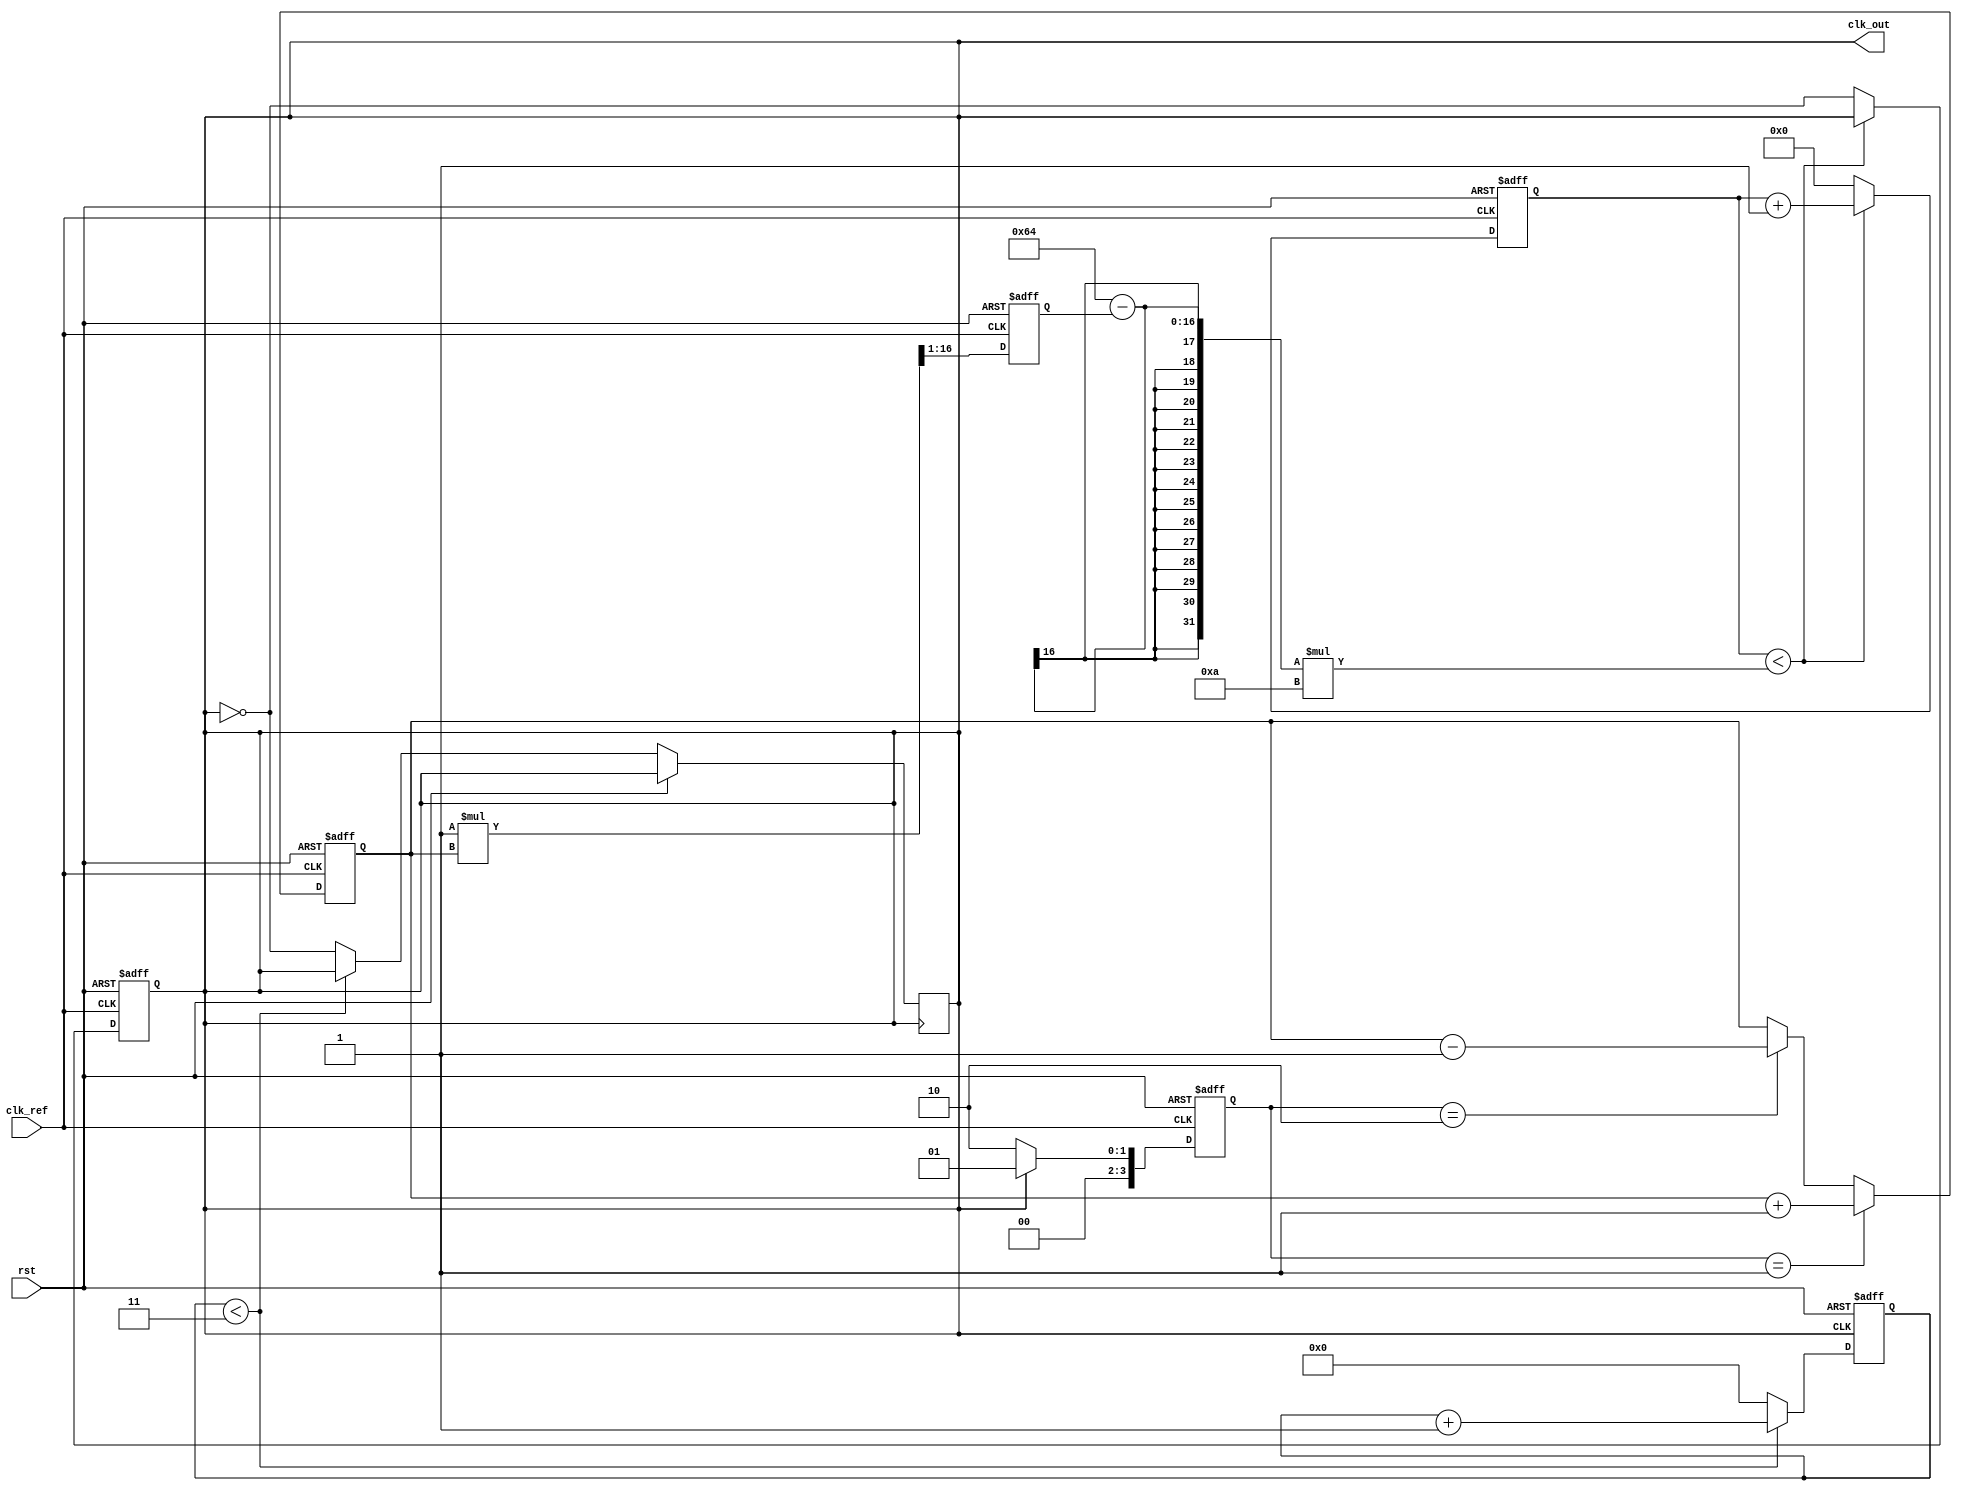
module pll_integer_n (
    input wire clk_ref,         // Reference Clock Input
    input wire rst,             // Reset Signal
    output reg clk_out          // Output Clock
);

    // Parameters
    parameter N = 4;            // Division factor
    parameter VCO_MAX_FREQ = 100; // Maximum VCO output frequency in MHz
    parameter VCO_MIN_FREQ = 10; // Minimum VCO output frequency in MHz
    parameter LOOP_FILTER_C = 1; // Loop filter constant (simplified)

    // Internal Signals
    wire clk_div;               // Divided clock for feedback
    reg [31:0] error_signal;    // Phase Detector output
    reg [15:0] control_voltage;  // Control voltage for VCO
    reg [31:0] vco_counter;      // VCO counter
    reg [3:0] phase_det_out;     // Phase Detector output state

    // Phase Detector (PD)
    always @(posedge clk_ref or posedge rst) begin
        if (rst) begin
            phase_det_out <= 0;
            error_signal <= 0;
        end
        else begin
            // Simple phase detection logic (leading/lagging)
            if (clk_out) begin
                phase_det_out <= 1; // Output leading
                error_signal <= error_signal + 1;
            end
            else begin
                phase_det_out <= 2; // Output lagging
                error_signal <= error_signal - 1;
            end
        end
    end

    // Charge Pump (CP)
    always @(posedge clk_ref or posedge rst) begin
        if (rst) begin
            control_voltage <= 0;
        end
        else begin
            if (phase_det_out == 1)
                control_voltage <= control_voltage + 1; // Add charge
            else if (phase_det_out == 2)
                control_voltage <= control_voltage - 1; // Remove charge
        end
    end

    // Loop Filter (LF)
    reg [15:0] loop_filter; // Simplified loop filter
    always @(posedge clk_ref or posedge rst) begin
        if (rst) begin
            loop_filter <= 0;
        end
        else begin
            loop_filter <= (LOOP_FILTER_C * control_voltage) >> 1; // Simple filter operation
        end
    end

    // Voltage-Controlled Oscillator (VCO)
    always @(posedge clk_ref or posedge rst) begin
        if (rst) begin
            vco_counter <= 0;
            clk_out <= 0;
        end
        else begin
            // Simple VCO behavior
            if (vco_counter < (VCO_MAX_FREQ - loop_filter) * 10) // Control the frequency based on control voltage
                vco_counter <= vco_counter + 1;
            else begin
                clk_out <= ~clk_out; // Toggle output clock
                vco_counter <= 0;
            end
        end
    end

    // Feedback Divider
    reg [N-1:0] div_counter; // Divide counter
    always @(posedge clk_out or posedge rst) begin
        if (rst) begin
            div_counter <= 0;
        end
        else if (div_counter < N-1) begin
            div_counter <= div_counter + 1;
        end
        else begin
            div_counter <= 0;
            clk_out <= ~clk_out; // Feedback signal
        end
    end

endmodule